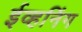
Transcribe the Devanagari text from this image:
ईव्हनिंग